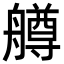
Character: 𦪚